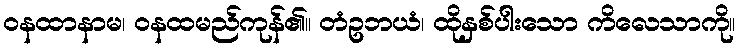
ဝနထာနာမ၊ ဝနထမည်ကုန်၏။ တံဥဘယံ၊ ထိုနှစ်ပါးသော ကိလေသာကို။